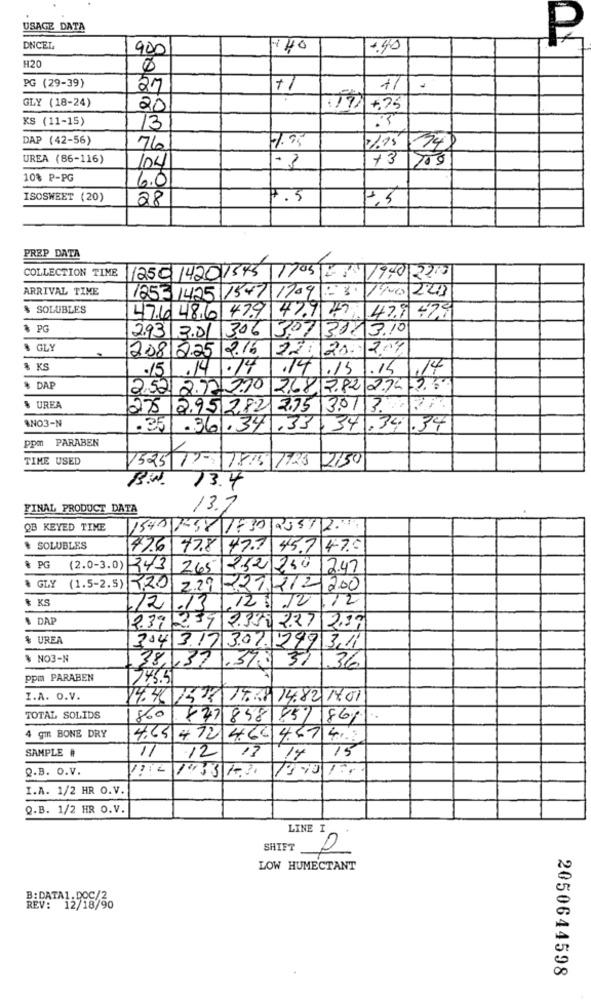
USAGE DATA
P
DNCEL
900
140
1.40
H20
PG (29-39)
27
GLY (18-24)
20
+.75
KS (11-15)
13
DAP (42-56)
1.75
76
574
UREA (86-116)
-3
+3
1200
10% P-PG
/04
6.0
ISOSWEET (20)
28
F.5
PREP DATA
COLLECTION TIME
1250 1420 1543 1703 231 1990 2210
ARRIVAL TIME
12531425 1547 1709 :3 1900/223
$ SOLUBLES
47.6 48.6 47.9 47.7 47 479479
& PG
2.93 2.01 306 307 3113.10
$ GLY
2.08 225 2.16 22: 20 2.07
% KS
·15.14 .14
.14.15
.14
,14
$ DAP
2.52 2.772.70
2.68. 2.82 2.74-7.6
$ UREA
275 2.95 2,82 2.75 3.01 3
ANO3-N
.351.361.341
.33 341.34.34
ppm PARABEN
TIME USED
1525 17-1815 1923 2150
13.4
FINAL PRODUCT DATA
13.7
-
QB KEYED TIME
1540 158 1730 235/12.
* SOLUBLES
47.6 97.8 47 .7 45 .7 4%
& PG
(2.0-3.0) 243 265
252 250 12.47
& GLY (1.5-2.5)
220 229 -21,212 200
& KS
12.13.125/12.12
4 DAP
2.39.2.59 2.388 2.27/2.27
% UREA
304 3.17
3.01.2993,11
৳ NO3-N
38.1371.371
31/36
ppm PARABEN
24.5.5
I.A. O.V.
14:46 1578 15.68 14.82 17.01
TOTAL SOLIDS
860 847 858 857 869
4 gin BONE DRY
4.65 472 464 4.67 4.5
SAMPLE #
11
12
15
13
14
Q.B. O.V.
I.A. 1/2 HR O.V.
Q.B. 1/2 HR O.V.
LINE I
SHIFT
LOW HUMECTANT
B: DATA1.DOC/2
REV: 12/18/90
2050644598